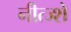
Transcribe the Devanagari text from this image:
नीत्ज्शे